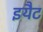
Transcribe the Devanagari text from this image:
इयैट